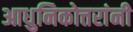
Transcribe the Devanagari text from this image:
आधुनिकोत्तरांनी